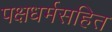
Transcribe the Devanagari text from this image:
पक्षधर्मसहित